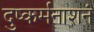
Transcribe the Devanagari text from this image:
दुष्कर्मनाशनं